Vaccination report Assam 1896-1927 - 1896-1927
Year: 1896
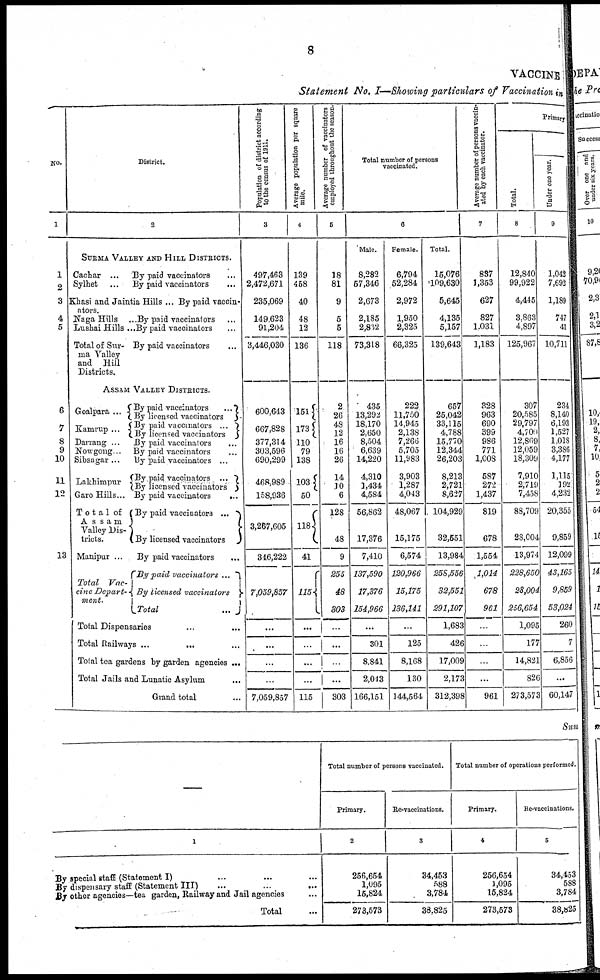
8
VACCINE
Statement No. I—Showing particulars of Vaccination in
No.
1
1
2
3
4
5
6
7
8
9
10
11
12
13
District.
2
SURMA VALLEY AND HILL DISTRICTS.
Cachar ...
Sylhet ...
By paid vaccinators ...
By paid vaccinators ...
Khasi and Jaintia Hills ...By paid vaccin-
ators.
Naga Hills ...
Lushai Hills ...
Total of Sur-
ma Valley
and Hill
Districts.
By paid vaccinators ...
By paid vaccinators ...
By paid vaccinators ...
ASSAM VALLEY DISTRICTS.
Goalpara ...
Kamrup ...
Darrang ...
Nowgong ...
Sibsagar ...
Lakhimpur ...
Garo Hills...
Total of
Assam
Valley Dis-
tricts.
Manipur ...
Total Vac-
cine Depart-
ment.
By paid vaccinators
...
By licensed vaccinators
By paid vaccinators ...
By licensed vaccinators
By paid vaccinators ...
By paid vaccinators ...
By paid vaccinators ...
By paid vaccinators
...
By licensed vaccinators
By paid vaccinators
...
By paid vaccinators
...
By licensed vaccinators
By paid vaccinators ...
By paid vaccinators ...
By licensed vaccinators
Total
...
Total Dispensaries ... ...
Total Railways ... ... ...
Total tea gardens by garden agencies ...
Total Jails and Lunatic Asylum ...
Grand total ...
Population of district according
to the census of 1911.
3
497,463
2,472,671
235,069
149,623
91,204
3,446,030
600,643
667,828
377,314
303,596
690,299
468,989
158,936
3,267,605
346,222
7,059,857
...
...
...
...
7,059,857
Average population per square
mile.
4
139
458
40
48
12
136
151
173
110
79
138
103
50
118
41
115
...
...
...
...
115
Average number of vaccinators
employed throughout the season.
5
18
81
9
5
5
118
2
26
48
12
16
16
26
14
10
6
128
48
9
255
48
303
...
...
...
...
303
Total number of persons
vaccinated.
6
Male.
8,282
57,346
2,673
2,185
2,832
73,318
435
13,292
18,170
2,650
8,504
6,639
14,220
4,310
1,434
4,584
56,862
17,376
7,410
137,590
17,376
154,966
...
301
8,841
2,043
166,151
Female.
6,794
52,284
2,972
1,950
2,325
66,325
222
11,750
14,945
2,138
7,266
5,705
11,983
3,903
1,287
4,043
48,067
15,175
6,574
120,966
15,175
136,141
...
125
8,168
130
144,564
Total.
15,076
109,630
5,645
4,135
5,157
139,643
657
25,042
33,115
4,788
15,770
12,344
26,203
8,213
2,721
8,627
104,929
32,551
13,984
258,556
32,551
291,107
1,683
426
17,009
2,173
312,398
Average number of persons vaccin-
ated by each vaccinator.
7
837
1,353
627
827
1,031
1,183
328
963
690
399
986
771
1,008
587
272
1,437
819
678
1,554
1,014
678
961
...
...
...
...
961
Primary
Total.
8
12,840
99,922
4,445
3,863
4,897
125,967
307
20,585
29,797
4,700
12,869
12,059
18,309
7,910
2,719
7,458
88,709
28,004
13,974
228,650
28,004
256,654
1,095
177
14,821
826
273,573
Under one year.
9
1,042
7,692
1,189
747
41
10,711
234
8,140
6,193
1,527
1,018
3,386
4,177
1,115
192
4,232
20,355
9,859
12,099
43,165
9,859
53,024
260
7
6,856
...
60,147
Sum
—
1
By special staff (Statement I) ... ... ...
By dispensary staff (Statement III) ... ... ...
By other agencies—tea garden, Railway and Jail agencies ...
Total ...
Total number of persons vaccinated.
Primary.
2
256,654
1,095
15,824
273,573
Re-vaccinations.
3
34,453
588
3,784
38,825
Total number of operations performed.
Primary.
4
256,654
1,095
15,824
273,573
Re-vaccinations.
5
34,453
588
3,784
38,825